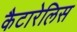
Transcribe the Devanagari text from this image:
कैटारेलिस